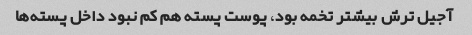
آجیل ترش بیشتر تخمه بود، پوست پسته هم کم نبود داخل پسته‌ها